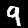
Digit: 9